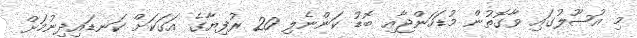
މި އުޞޫލުގައި ވާގޮތުން މުޑަހަންޖާއި ބޮޑު ކަންނެލި 20 ރުފިޔާގެ އަގަކަށް ކަނޑައިދިނުމަށް